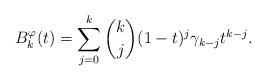
LaTeX: \begin{align*}B^{\varphi}_k(t)=\sum_{j=0}^k \binom{k}{j}(1-t)^j \gamma_{k-j} t^{k-j}.\end{align*}